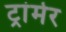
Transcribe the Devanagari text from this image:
ट्रांमेर